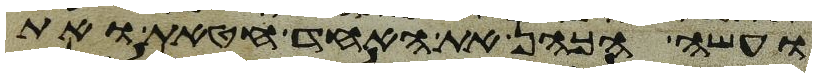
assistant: ועשה הכהן את האחד חטאת ואת